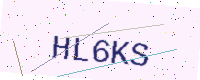
Text: HL6KS